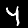
Label: 4